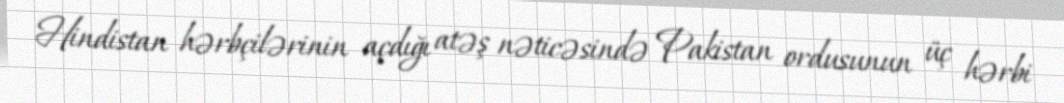
Hindistan hərbçilərinin açdığı atəş nəticəsində Pakistan ordusunun üç hərbi